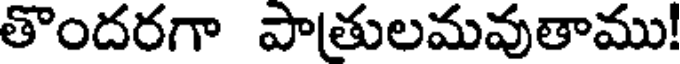
తొందరగా పాతులమవుతాము!